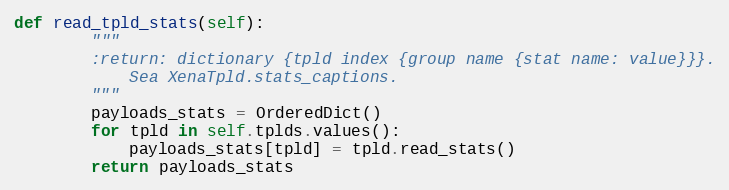
Language: Python
def read_tpld_stats(self):
        """
        :return: dictionary {tpld index {group name {stat name: value}}}.
            Sea XenaTpld.stats_captions.
        """
        payloads_stats = OrderedDict()
        for tpld in self.tplds.values():
            payloads_stats[tpld] = tpld.read_stats()
        return payloads_stats